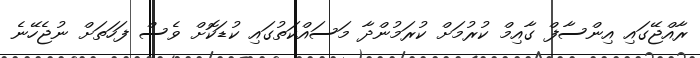
ރާއްޖޭގައި އިންސާފް ގާއިމް ކުރުމަށް ކުރަމުންދާ މަސައްކަތުގައި ކުޑަކޮށް ވެސް ފަހަތަށް ނުޖެހޭނެ